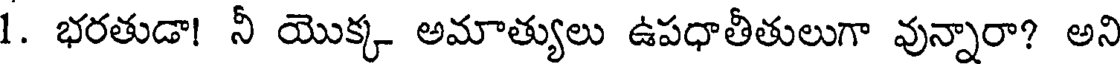
1. భరతుడా! నీ యొక్క అమాత్యులు ఉపధాతీతులుగా వున్నారా? అని